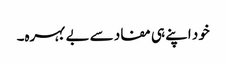
خود اپنے ہی مفاد سے بے بہرہ۔